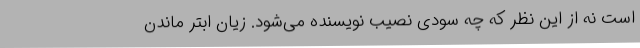
است نه از این نظر که چه سودی نصیب نویسنده می‌شود. زیان ابتر ماندن